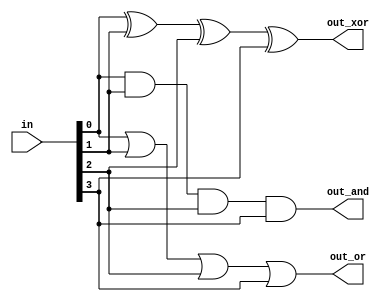
/*
Build a combinational circuit with four inputs, in[3:0].

There are 3 outputs:

out_and: output of a 4-input AND gate.
out_or: output of a 4-input OR gate.
out_xor: output of a 4-input XOR gate.

To review the AND, OR, and XOR operators, see andgate, norgate, and xnorgate.
*/

module top_module( 
    input [3:0] in,
    output out_and,
    output out_or,
    output out_xor
);
    
    assign out_and = in[0] & in[1] & in[2] & in[3];
    assign out_or = in[0] | in[1] | in[2] | in[3];
    assign out_xor = in[0] ^ in[1] ^ in[2] ^ in[3];

endmodule